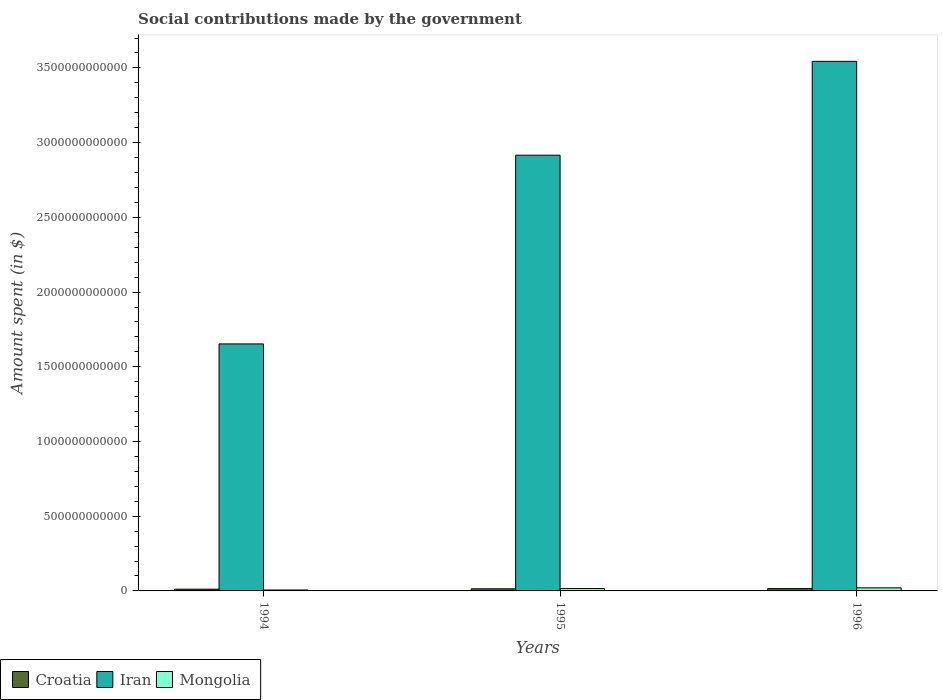
| Years | Croatia | Iran | Mongolia |
 | --- | --- | --- | --- |
 | 1994 | 1.16e+10 | 1.65e+12 | 6.21e+09 |
 | 1995 | 1.4e+10 | 2.92e+12 | 1.6e+10 |
 | 1996 | 1.57e+10 | 3.54e+12 | 2.07e+10 |